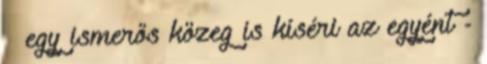
 egy ismerős közeg is kíséri az egyént -